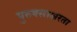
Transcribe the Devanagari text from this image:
पुरुषसाक्षरता